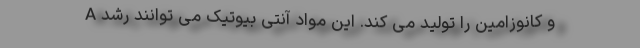
A و کانوزامین را تولید می کند. این مواد آنتی بیوتیک می توانند رشد